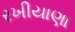
રખીયાણા